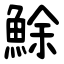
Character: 鮽